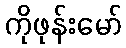
ကိုဖုန်းမော်